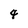
Character: 4